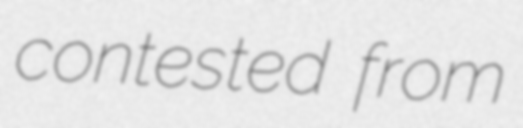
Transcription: contested from